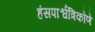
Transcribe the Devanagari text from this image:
हंसपार्श्वत्रिकोणे